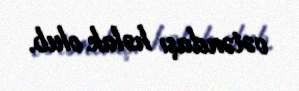
vətəndaşı həlak olub.